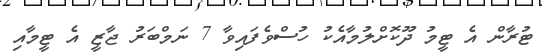
ޓުރާން އެ ޓީމު ދޫކޮށްލުމާއެކު ހުސްވެފައިވާ 7 ނަމްބަރު ޖާޒީ އެ ޓީމާއި